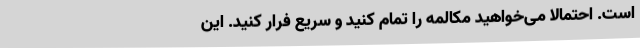
است. احتمالاً می‌خواهید مکالمه را تمام کنید و سریع فرار کنید. این